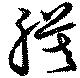
膜